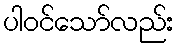
ပါဝင်သော်လည်း